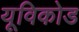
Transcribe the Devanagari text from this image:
यूविकोड